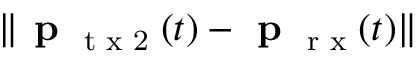
\| \textbf { p } _ { \textrm { t x 2 } } ( t ) - \textbf { p } _ { \textrm { r x } } ( t ) \|